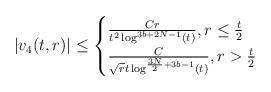
LaTeX: \begin{align*} |v_{4}(t,r)| \leq \begin{cases} \frac{C r}{t^{2} \log^{3b+2N-1}(t)}, r \leq \frac{t}{2}\\\frac{C}{\sqrt{r} t \log^{\frac{3N}{2}+3b-1}(t)}, r > \frac{t}{2}\end{cases}\end{align*}